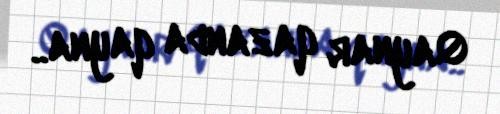
Qaynar qazanda qayna..